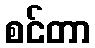
စင်တာ